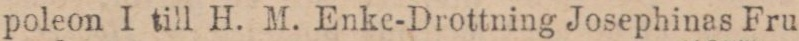
poleon I till H. M. Enke-Drottning Josephinas Fru